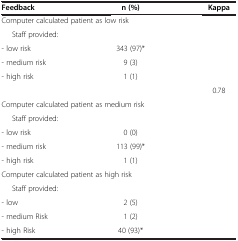
<table><thead><tr><td><b>Feedback</b></td><td><b>n (%)</b></td><td><b>Kappa</b></td></tr></thead><tbody><tr><td colspan="3">Computer calculated patient as low risk</td></tr><tr><td colspan="3">Staff provided:</td></tr><tr><td>- low risk</td><td>343 (97)*</td><td> </td></tr><tr><td>- medium risk</td><td>9 (3)</td><td> </td></tr><tr><td>- high risk</td><td>1 (1)</td><td> </td></tr><tr><td> </td><td> </td><td>0.78</td></tr><tr><td colspan="3">Computer calculated patient as medium risk</td></tr><tr><td colspan="3">Staff provided:</td></tr><tr><td>- low risk</td><td>0 (0)</td><td> </td></tr><tr><td>- medium risk</td><td>113 (99)*</td><td> </td></tr><tr><td>- high risk</td><td>1 (1)</td><td> </td></tr><tr><td colspan="3">Computer calculated patient as high risk</td></tr><tr><td colspan="3">Staff provided:</td></tr><tr><td>- low</td><td>2 (5)</td><td> </td></tr><tr><td>- medium Risk</td><td>1 (2)</td><td> </td></tr><tr><td>- high Risk</td><td>40 (93)*</td><td> </td></tr></tbody></table>